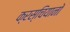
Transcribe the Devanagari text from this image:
क्रस्चियानो